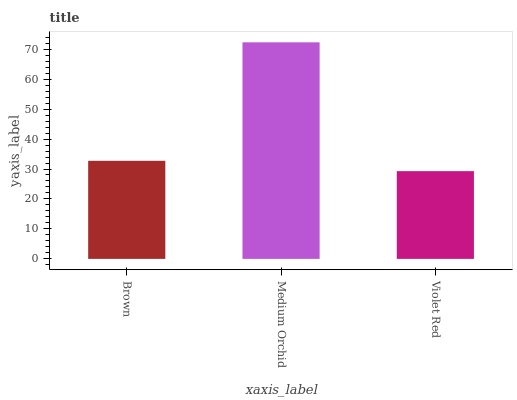
| xaxis_label | bars |
 | --- | --- |
 | Brown | 32.7 |
 | Medium Orchid | 72.3 |
 | Violet Red | 29.3 |